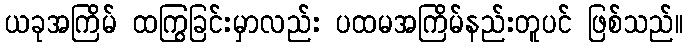
ယခုအကြိမ် ထကြွခြင်းမှာလည်း ပထမအကြိမ်နည်းတူပင် ဖြစ်သည်။